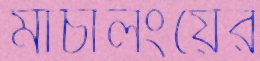
মাচালংয়ের